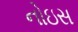
નોઇસ